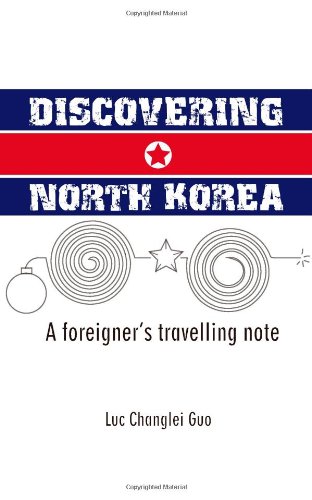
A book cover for Discovering North Korea: A Foreigner?s travelling note; Luc Changlei Guo; Travel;